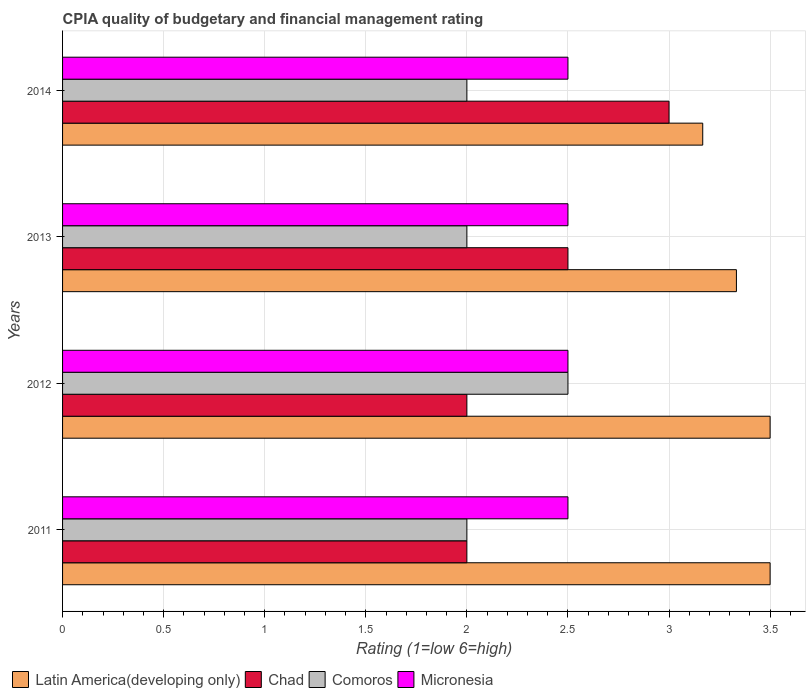
| Years | Latin America(developing only) | Chad | Comoros | Micronesia |
 | --- | --- | --- | --- | --- |
 | 2011 | 3.5 | 2 | 2 | 2.5 |
 | 2012 | 3.5 | 2 | 2.5 | 2.5 |
 | 2013 | 3.33 | 2.5 | 2 | 2.5 |
 | 2014 | 3.17 | 3 | 2 | 2.5 |